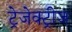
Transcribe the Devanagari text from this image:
ट्रेजेक्ट्रीज